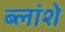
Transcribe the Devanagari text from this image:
ब्लांशे